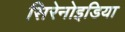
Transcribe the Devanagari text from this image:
सिरेनोइडिया